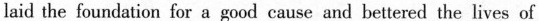
laid the foundation for a good cause and bettered the lives of